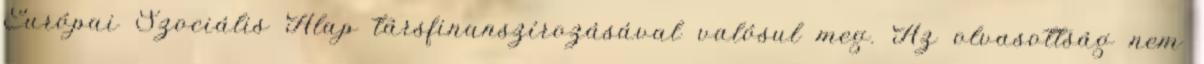
Európai Szociális Alap társfinanszírozásával valósul meg. Az olvasottság nem